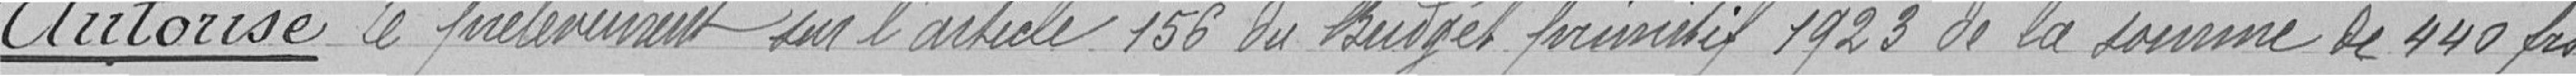
Autorise le prélèvement sur l'article 156 du budget primitif 1923 de la somme de 440 francs